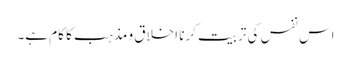
اس نفس کی تربیت کرنا اخلاق و مذہب کا کام ہے۔